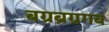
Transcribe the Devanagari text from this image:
बग्रब्रग्रगब